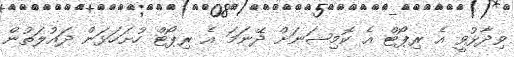
ވިދާޅުވީ އެ ރިޕޯޓް އެ ކޮމިޝަނަށް ދޭނަމަ އެ ރިޕޯޓް ހުށަހަޅަން ދައުލަތުން